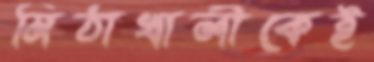
মিঠাখালীকেই